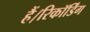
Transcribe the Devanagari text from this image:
हैं।रिकॉर्डिंग